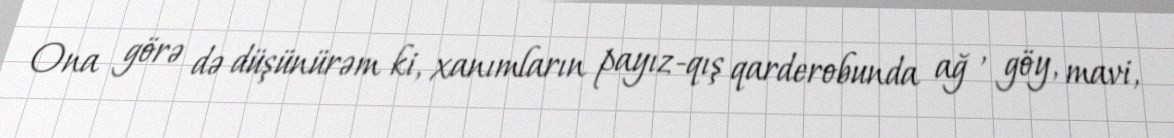
Ona görə də düşünürəm ki, xanımların payız-qış qarderobunda ağ , göy, mavi,